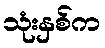
သုံးနှစ်က